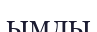
ымды